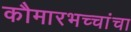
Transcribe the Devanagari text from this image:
कौमारभच्चांचा